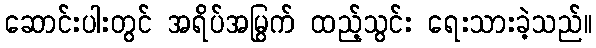
ဆောင်းပါးတွင် အရိပ်အမြွက် ထည့်သွင်း ရေးသားခဲ့သည်။